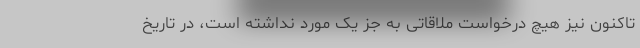
تاکنون نیز هیچ درخواست ملاقاتی به جز یک مورد نداشته است، در تاریخ